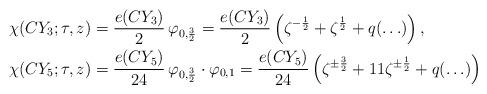
LaTeX: \begin{align*}\begin{aligned}\chi(CY_3; \tau, z)&=\frac {e(CY_3)}2\,\varphi_{0,\frac32}=\frac {e(CY_3)}2\left(\zeta^{-\frac{1}2}+\zeta^{\frac{1}2}+q(\ldots)\right),\\\chi(CY_5; \tau, z)&=\frac{e(CY_5)}{24}\,\varphi_{0,\frac32}\cdot \varphi_{0,1}=\frac {e(CY_5)}{24}\left(\zeta^{\pm \frac 32}+11\zeta^{\pm \frac 12}+q(\ldots)\right)\end{aligned}\end{align*}